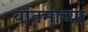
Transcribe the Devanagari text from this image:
यांतनाच्या